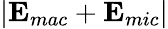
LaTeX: \vert{\mathbf{E}}_{mac}+{\mathbf{E}}_{mic}\vert